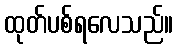
ထုတ်ပစ်ရလေသည်။